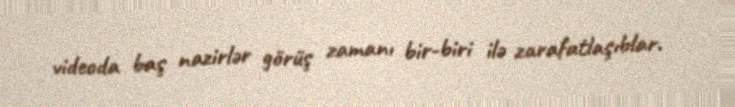
videoda baş nazirlər görüş zamanı bir-biri ilə zarafatlaşıblar.